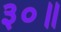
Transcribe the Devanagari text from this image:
३०॥